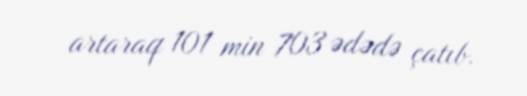
artaraq 101 min 703 ədədə çatıb.